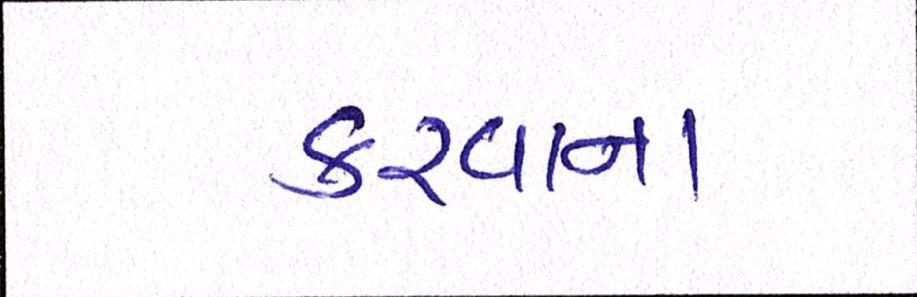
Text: કરવાના